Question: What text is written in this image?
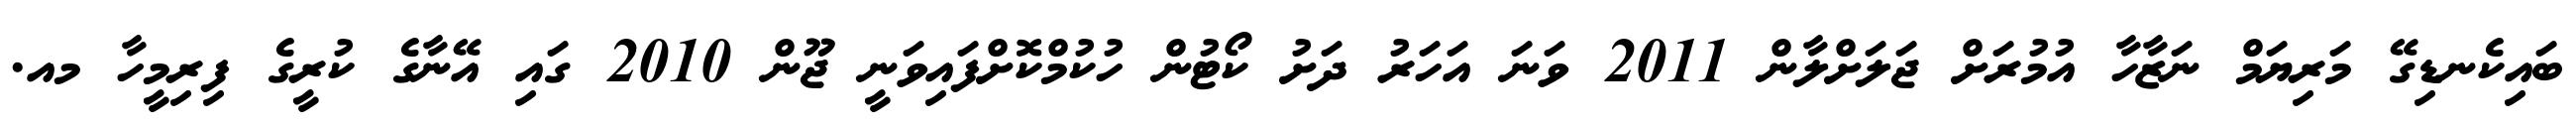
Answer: ބައިކެނޑިގޭ މަރިޔަމް ނަޒާހާ އުމުރަށް ޖަލަށްލާން 2011 ވަނަ އަހަރު ދަށު ކޯޓުން ހުކުމްކޮށްފައިވަނީ ޖޫން 2010 ގައި އޭނާގެ ކުރީގެ ފިރިމީހާ މއ.